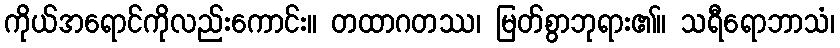
ကိုယ်အရောင်ကိုလည်းကောင်း။ တထာဂတဿ၊ မြတ်စွာဘုရား၏။ သရီရောဘာသံ၊